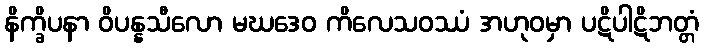
နိက္ခိပနာ ဝိပန္နသီလော မဃဒေဝ ကိလေသဝဿံ အဟုဝမှာ ပဋိပါဋိဘတ္တံ